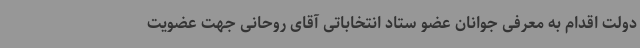
دولت اقدام به معرفی جوانان عضو ستاد انتخاباتی آقای روحانی جهت عضویت